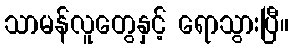
သာမန်လူတွေနှင့် ရောသွားပြီ။